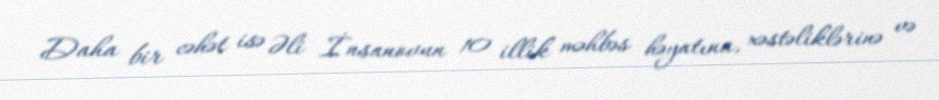
Daha bir cəhət isə Əli İnsanovun 10 illik məhbəs həyatına, xəstəliklərinə və